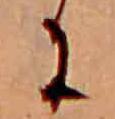
に